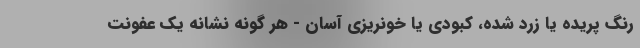
رنگ پریده یا زرد شده، کبودی یا خونریزی آسان - هر گونه نشانه یک عفونت